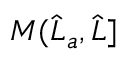
M ( \widehat { L } _ { a } , \widehat { L } ]